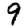
Digit: 9